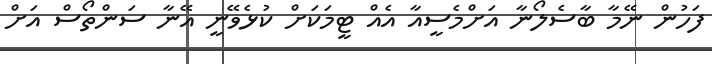
ފަހުން ނޭމާ ބާސެލޯނާ އަށްމެސީއާ އެއް ޓީމަކަށް ކުޅެވޭނީ އޭނާ ސަންތޯސް އަށް